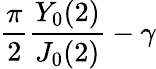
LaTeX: {\frac{\pi}{2}}{\frac{Y_{0}(2)}{J_{0}(2)}}-\gamma